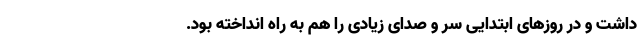
داشت و در روزهای ابتدایی سر و صدای زیادی را هم به راه انداخته بود.